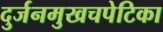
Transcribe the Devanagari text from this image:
दुर्जनमुखचपेटिका